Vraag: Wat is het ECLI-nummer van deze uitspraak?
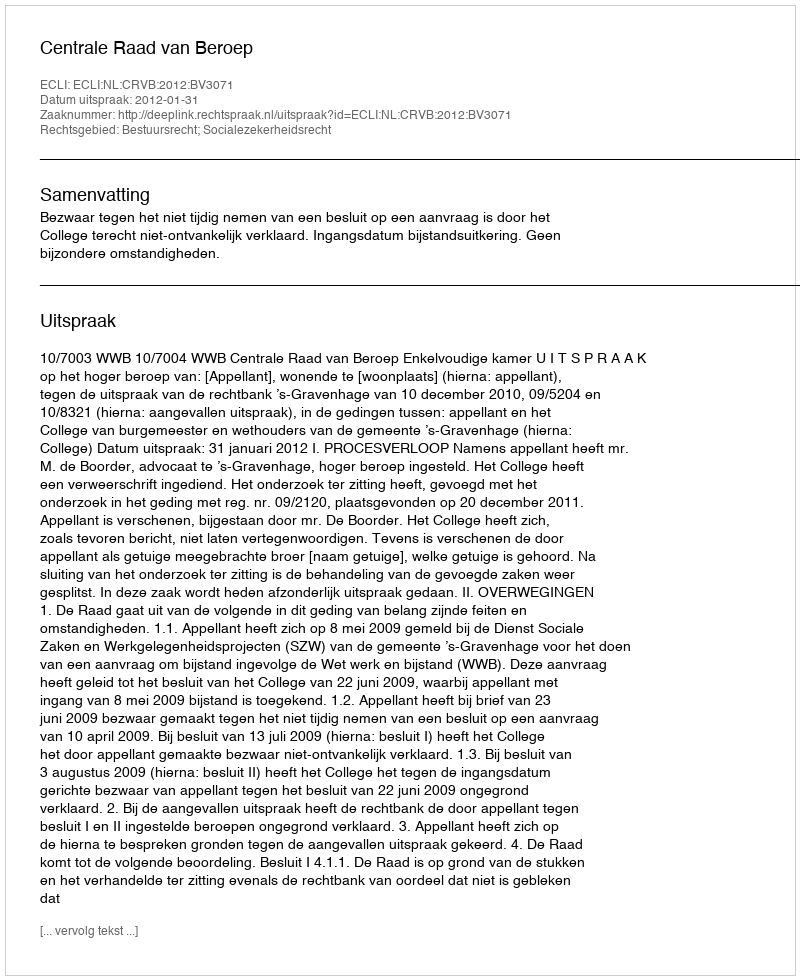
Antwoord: ECLI:NL:CRVB:2012:BV3071